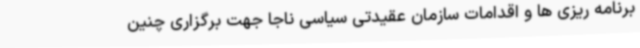
برنامه ریزی ها و اقدامات سازمان عقیدتی سیاسی ناجا جهت برگزاری چنین